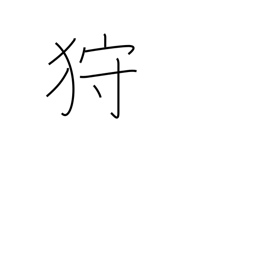
Meaning: hunt